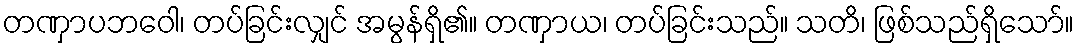
တဏှာပဘဝေါ၊ တပ်ခြင်းလျှင် အမွန်ရှိ၏။ တဏှာယ၊ တပ်ခြင်းသည်။ သတိ၊ ဖြစ်သည်ရှိသော်။